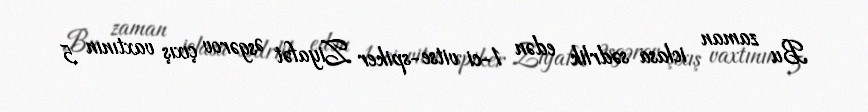
Bu zaman iclasa sədrlik edən 1-ci vitse-spiker Ziyafət Əsgərov çıxış vaxtının 5